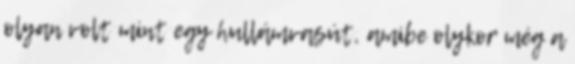
olyan volt mint egy hullámvasút, amibe olykor még a